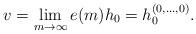
LaTeX: \begin{align*}v = \lim_{m \to \infty} e(m) h_0 = h_0^{(0, \dotsc, 0)}.\end{align*}